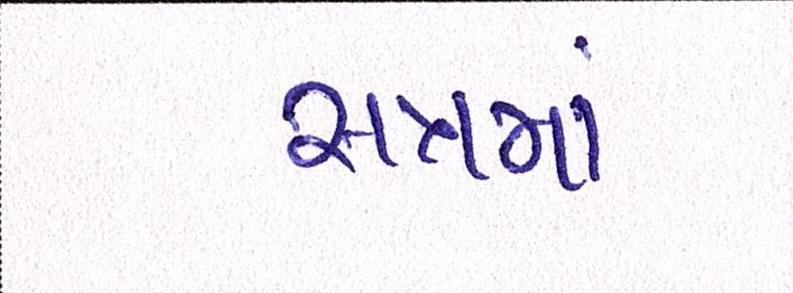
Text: સત્રમાં